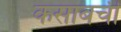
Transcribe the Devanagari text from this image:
कसाबची